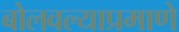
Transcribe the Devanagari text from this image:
बोलवल्याप्रमाणे